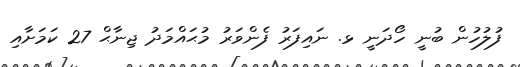
ފުލުހުން ބުނީ ހޯދަނީ ޅ. ނައިފަރު ފެންވަރު މުޙައްމަދު ޖިނާޙް 27 ކަމަށާއި